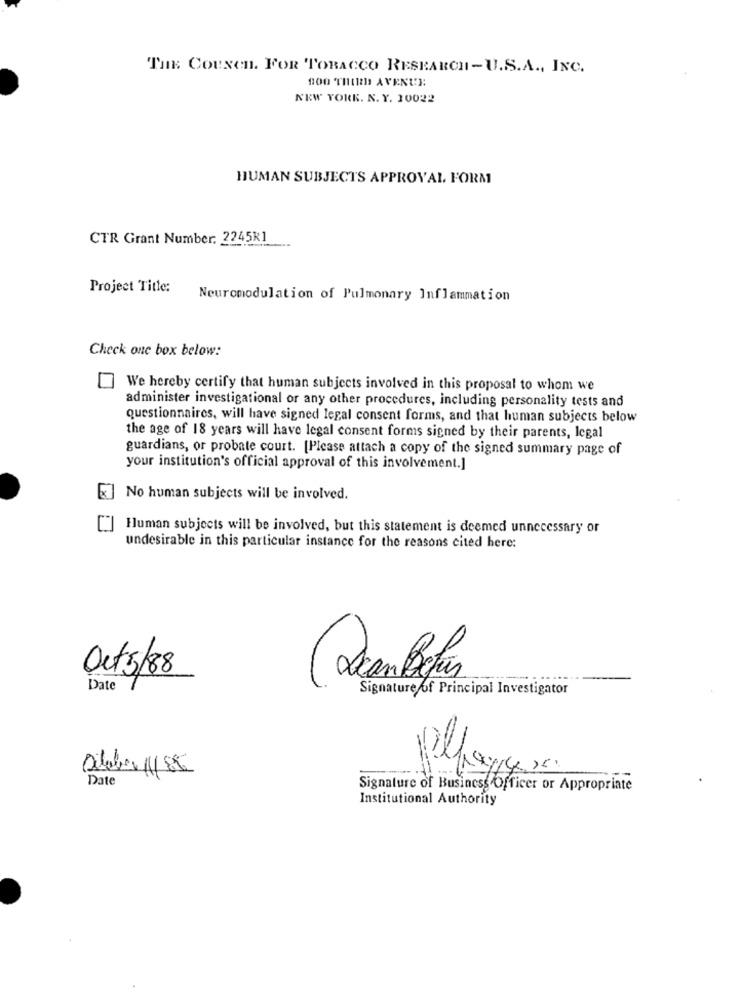
THE Cousen. FOR TOBACCO RESEARCH-U.S.A ., INC.
100 THIRD AVENUE
NEW YORK. N. Y. 10022
HUMAN SUBJECTS APPROVAL FORM
CTR Grant Number: 2245R1
Project Title:
Neuromodulation of Pulmonary Inflammation
Check one box below:
We hereby certify that human subjects involved in this proposal to whom we
administer investigational or any other procedures, including personality tests and
questionnaires, will have signed legal consent forms, and that human subjects below
the age of 18 years will have legal consent forms signed by their parents, legal
guardians, or probate court. [Please attach a copy of the signed summary page of
your institution's official approval of this involvement.]
No human subjects will be involved.
Human subjects will be involved, but this statement is deemed unnecessary or
undesirable in this particular instance for the reasons cited here:
Oct5/88
(Scan Befar
Date
Signature of Principal Investigator
pl
October 1/85
Date
Signature of Business Officer or Appropriate
Institutional Authority